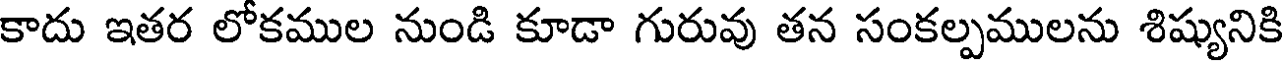
కాదు ఇతర లోకముల నుండి కూడా గురువు తన సంకల్పములను శిష్యునికి